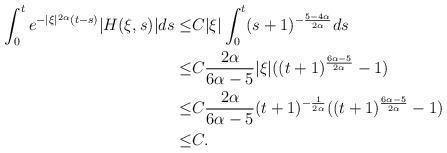
LaTeX: \begin{align*}\int_{0}^{t}e^{-|\xi|^{2\alpha}(t-s)}|H(\xi,s)|ds\leq & C|\xi|\int_{0}^{t}(s+1)^{-\frac{5-4\alpha}{2\alpha}}ds\\ \leq& C\frac{2\alpha}{6\alpha-5}|\xi|((t+1)^{\frac{6\alpha-5}{2\alpha}}-1)\\ \leq&C\frac{2\alpha}{6\alpha-5}(t+1)^{-\frac{1}{2\alpha}}((t+1)^{\frac{6\alpha-5}{2\alpha}}-1)\\ \leq&C.\end{align*}